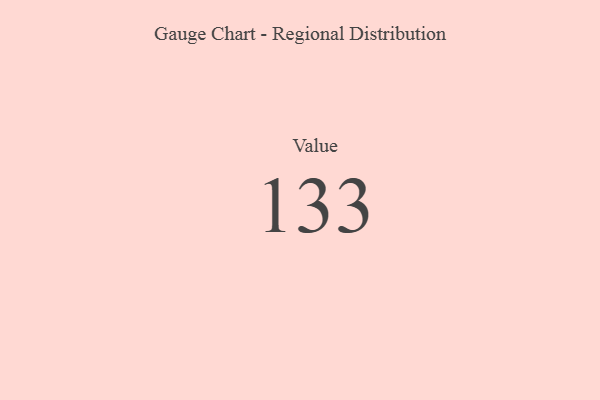
{"axis": {"x": "Metric", "y": "Value"}, "legend": [""], "data": [{"x": "Value", "y": 133, "type": ""}]}